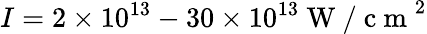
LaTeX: I=2\times 10^{13}-30\times 10^{13}\mathrm{~W~/~c~m~}^{2}